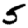
Digit: 5